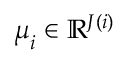
\boldsymbol { \mu } _ { i } \in \mathbb { R } ^ { J ( i ) }